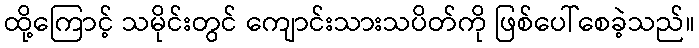
ထို့ကြောင့် သမိုင်းတွင် ကျောင်းသားသပိတ်ကို ဖြစ်ပေါ်စေခဲ့သည်။